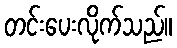
တင်းပေးလိုက်သည်။